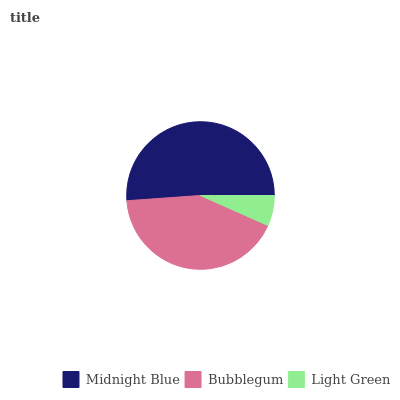
| Midnight Blue | Bubblegum | Light Green |
 | --- | --- | --- |
 | 51.1% | 42.2% | 6.67% |